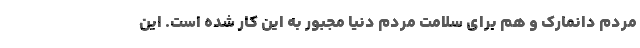
مردم دانمارک و هم برای سلامت مردم دنیا مجبور به این کار شده است. این